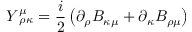
Y _ { \, \, \rho \kappa } ^ { \mu } = \frac { i } { 2 } \left( \partial _ { \rho } B _ { \kappa \mu } + \partial _ { \kappa } B _ { \rho \mu } \right)